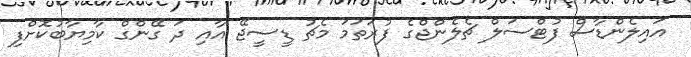
އައިލެންޑާސް ފުޓްސަލް ޗެލެންޖްގެ ފުރަތަމަ މެޗު ޑީސީޖޭ އާއި ދަ ގޭންގް ކާމިޔާބުކޮށްފި